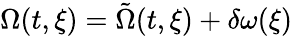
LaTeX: \Omega(t,\xi)=\tilde{\Omega}(t,\xi)+\delta\omega(\xi)